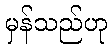
မှန်သည်ဟု